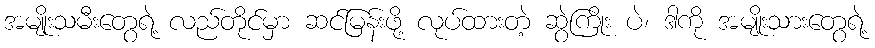
အမျိုးသမီးတွေရဲ့ လည်တိုင်မှာ ဆင်မြန်းဖို့ လုပ်ထားတဲ့ ဆွဲကြိုး ပဲ၊ ဒါကို အမျိုးသားတွေရဲ့